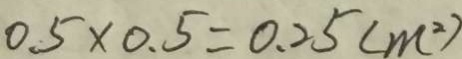
0 . 5 \times 0 . 5 = 0 . 2 5 ( m ^ { 2 } )